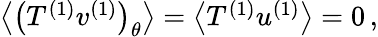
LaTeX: \begin{array}{r}{\left<\left(T^{(1)}v^{(1)}\right)_{\theta}\right>=\left<T^{(1)}u^{(1)}\right>=0\, ,}\end{array}